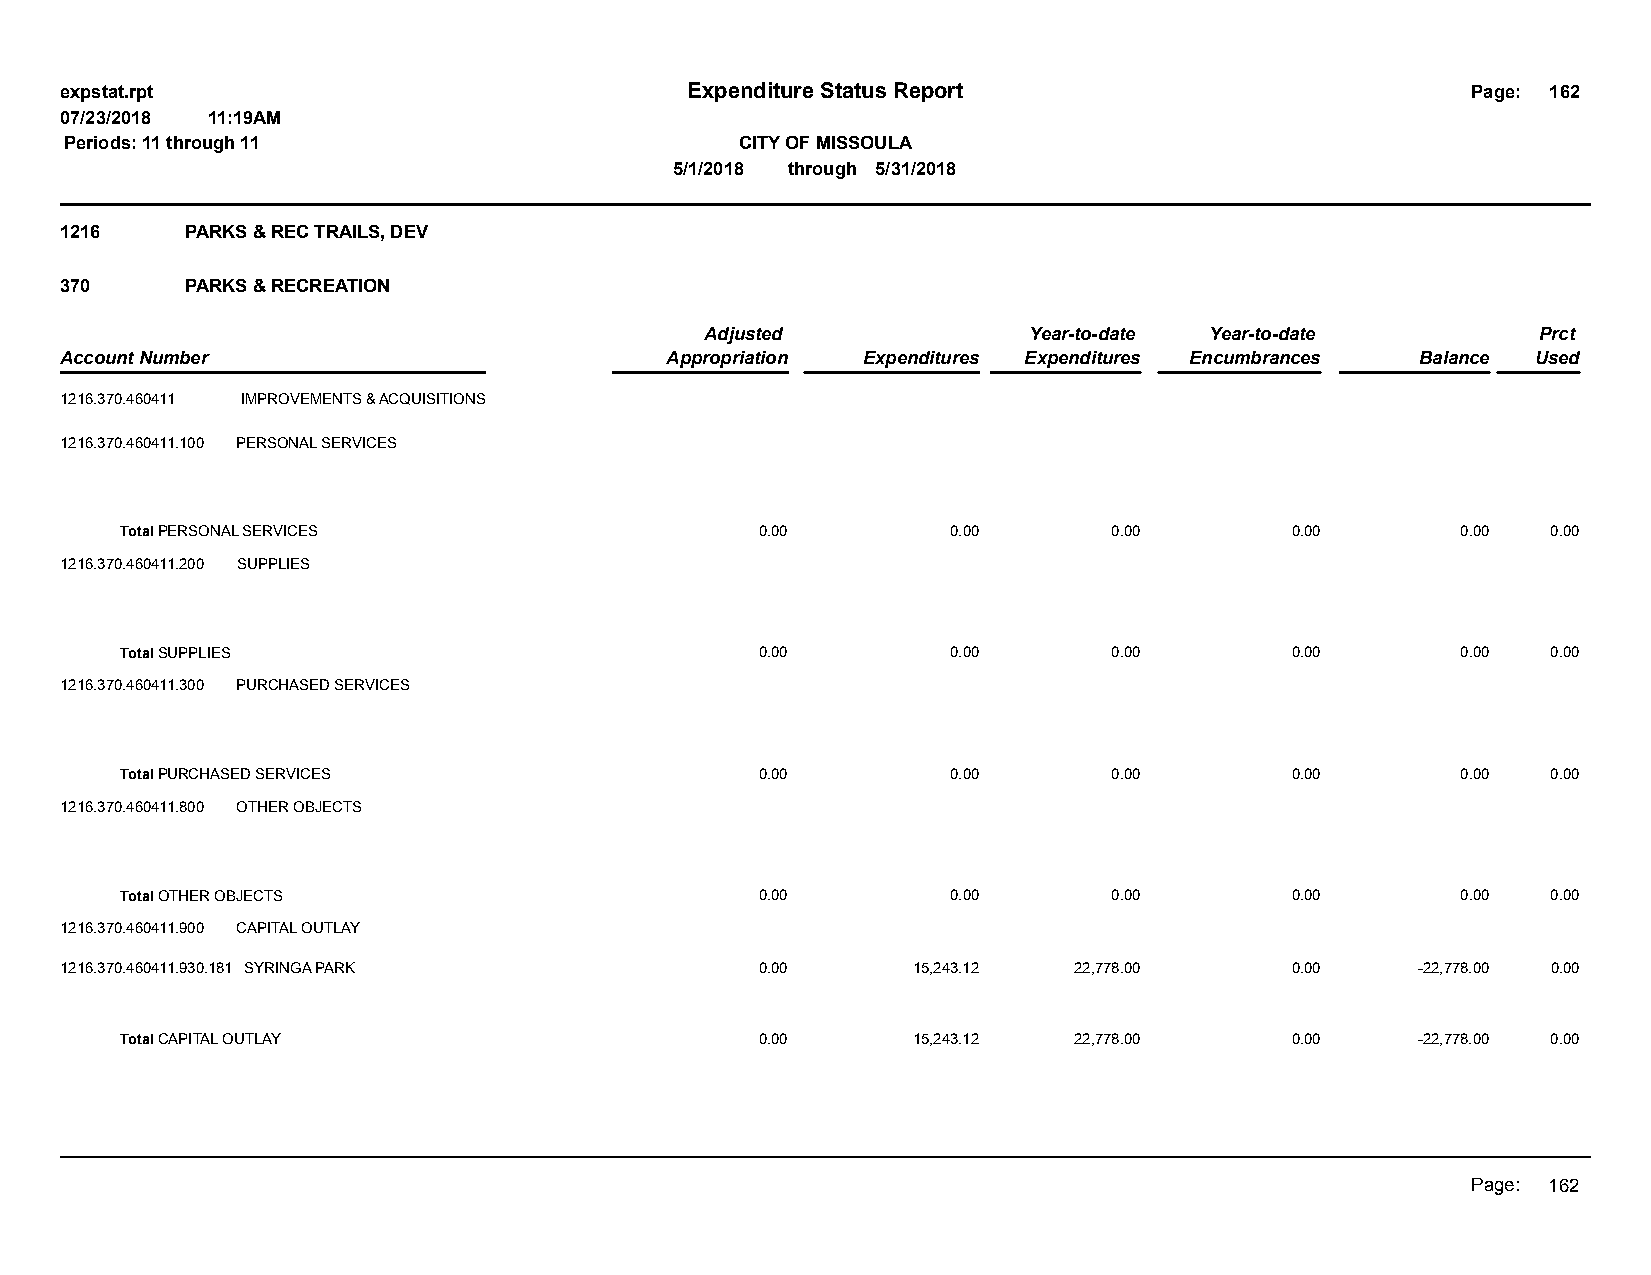
expstat.rpt                              Expenditure Status Report                           Page: 162
 07/23/2018 11:19AM
 Periods: 11 through 11                       CITY OF MISSOULA
 5/1/2018 through 5/31/2018
 1216    PARKS & REC TRAILS, DEV
 370     PARKS & RECREATION
 Adjusted             Year-to-date Year-to-date         Prct
 Account Number                          Appropriation Expenditures Expenditures Encumbrances Balance Used
 1216.370.460411 IMPROVEMENTS & ACQUISITIONS
 1216.370.460411.100 PERSONAL SERVICES
 Total PERSONAL SERVICES                   0.00         0.00       0.00       0.00        0.00  0.00
 1216.370.460411.200 SUPPLIES
 Total SUPPLIES                            0.00         0.00       0.00       0.00        0.00  0.00
 1216.370.460411.300 PURCHASED SERVICES
 Total PURCHASED SERVICES                  0.00         0.00       0.00       0.00        0.00  0.00
 1216.370.460411.800 OTHER OBJECTS
 Total OTHER OBJECTS                       0.00         0.00       0.00       0.00        0.00  0.00
 1216.370.460411.900 CAPITAL OUTLAY
 1216.370.460411.930.181 SYRINGA PARK          0.00      15,243.12  22,778.00     0.00     -22,778.00 0.00
 Total CAPITAL OUTLAY                      0.00      15,243.12  22,778.00     0.00     -22,778.00 0.00
 Page: 162